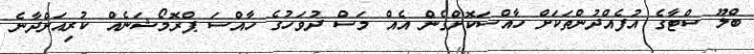
ބްލޫ ސްޓާގެ އުފެއްދުންތަކަށް ހާއްސަކޮށްގެން އެއް މަސް ދުވަހުގެ ހާއްސަ ޕްރޮމޯޝަނެއް ކުރިއަށްދާނެ